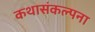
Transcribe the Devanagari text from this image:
कथासंकल्पना